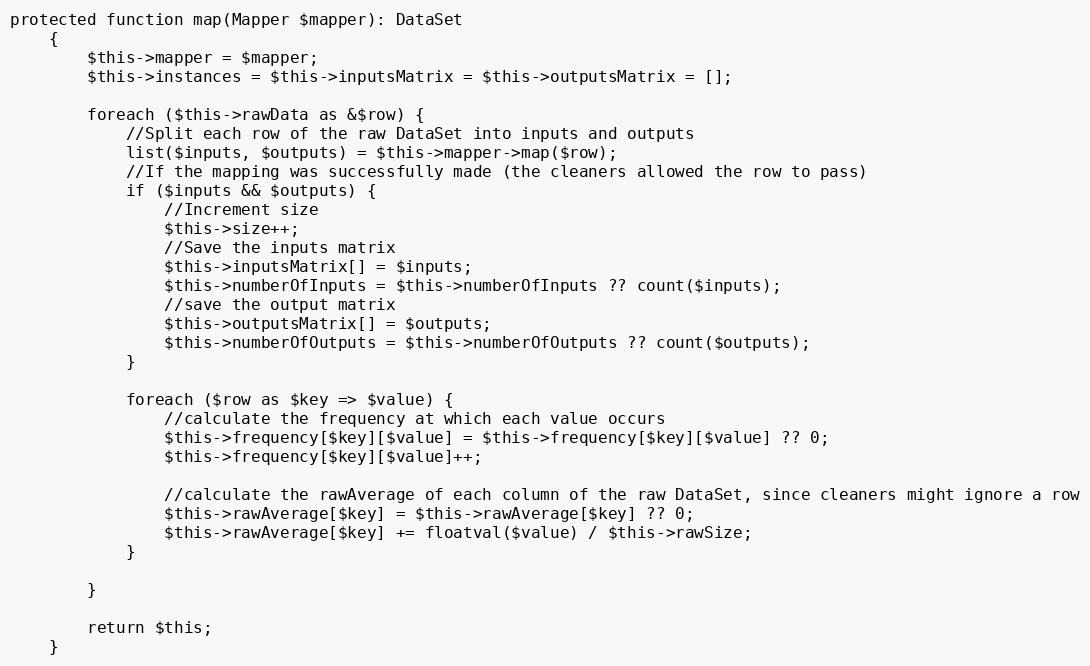
Language: PHP
protected function map(Mapper $mapper): DataSet
    {
        $this->mapper = $mapper;
        $this->instances = $this->inputsMatrix = $this->outputsMatrix = [];

        foreach ($this->rawData as &$row) {
            //Split each row of the raw DataSet into inputs and outputs
            list($inputs, $outputs) = $this->mapper->map($row);
            //If the mapping was successfully made (the cleaners allowed the row to pass)
            if ($inputs && $outputs) {
                //Increment size
                $this->size++;
                //Save the inputs matrix
                $this->inputsMatrix[] = $inputs;
                $this->numberOfInputs = $this->numberOfInputs ?? count($inputs);
                //save the output matrix
                $this->outputsMatrix[] = $outputs;
                $this->numberOfOutputs = $this->numberOfOutputs ?? count($outputs);
            }

            foreach ($row as $key => $value) {
                //calculate the frequency at which each value occurs
                $this->frequency[$key][$value] = $this->frequency[$key][$value] ?? 0;
                $this->frequency[$key][$value]++;

                //calculate the rawAverage of each column of the raw DataSet, since cleaners might ignore a row
                $this->rawAverage[$key] = $this->rawAverage[$key] ?? 0;
                $this->rawAverage[$key] += floatval($value) / $this->rawSize;
            }

        }

        return $this;
    }